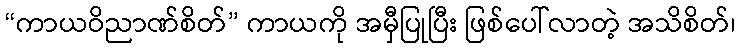
“ကာယဝိညာဏ်စိတ်” ကာယကို အမှီပြုပြီး ဖြစ်ပေါ်လာတဲ့ အသိစိတ်၊